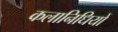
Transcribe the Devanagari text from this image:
कलानिधियों